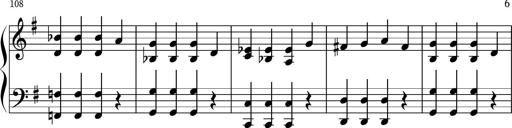
Title: Keyboard Sonatina in G
Composer: Michael Pogudin
Key: G major